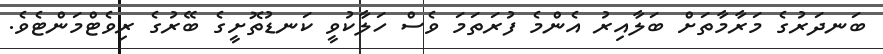
ބަނދަރުގެ މަރާމާތަށް ބަލާއިރު އެންމެ ފުރަތަމަ ވެސް ހަލާކުވީ ކަނޑުތޮށީގެ ބޭރުގެ ރިވެޓްމަންޓެވެ.